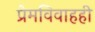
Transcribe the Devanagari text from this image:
प्रेमविवाहही